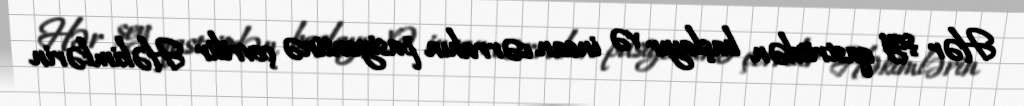
Hər şey qastritdən başlayır və insan cərrahın pasiyentinə çevrilir Həkimlərin